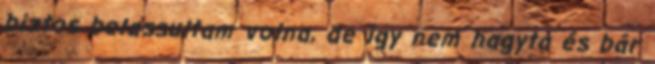
biztos belassultam volna, de így nem hagyta és bár